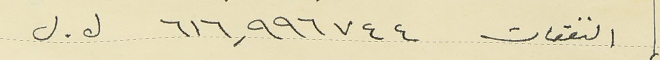
النفقات ٦١٦,٩٩٦٧٤٤ ل . ل